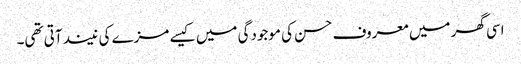
اسی گھر میں معروف حسن کی موجودگی میں کیسے مزے کی نیند آتی تھی۔